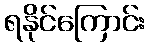
ရနိုင်ကြောင်း